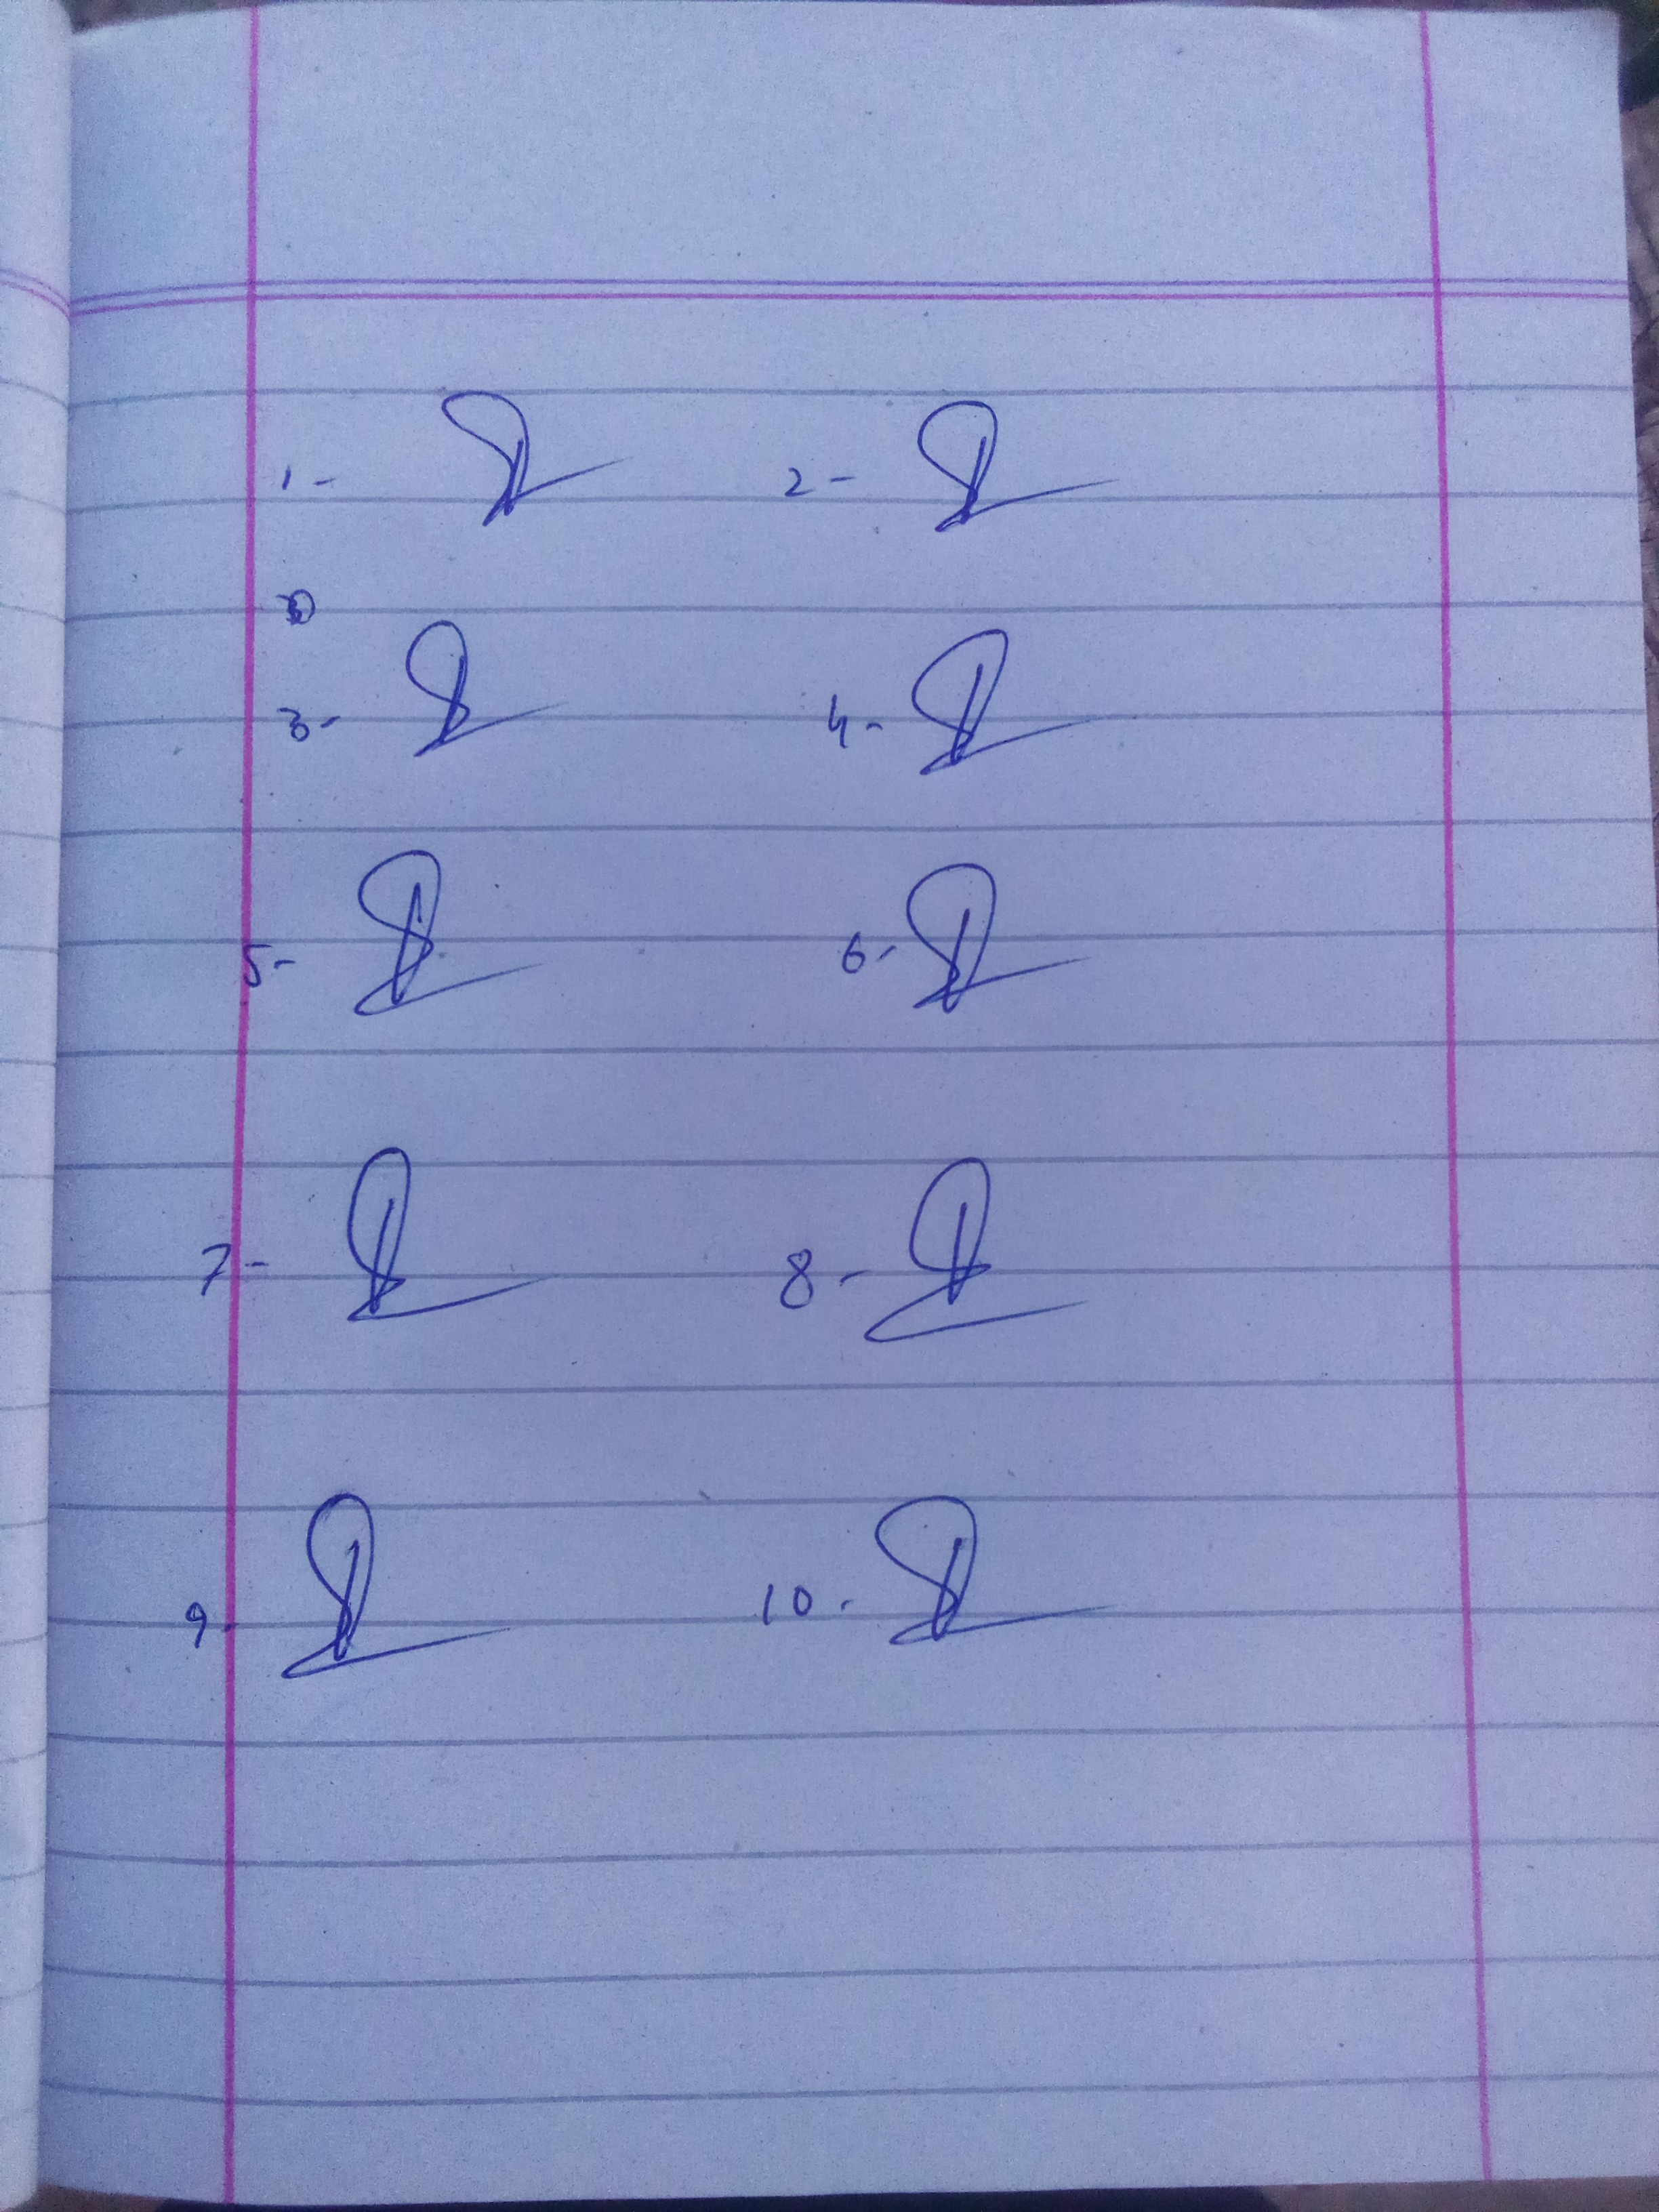
Signature authenticity: genuine